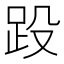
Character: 䟝